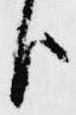
臣